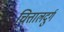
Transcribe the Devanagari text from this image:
चित्तालदुर्ग